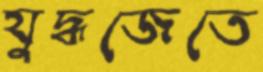
যুদ্ধজেতে